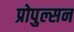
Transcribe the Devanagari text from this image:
प्रोपुल्सन